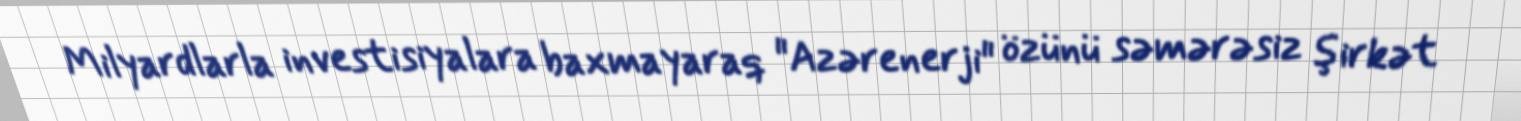
Milyardlarla investisiyalara baxmayaraq "Azərenerji" özünü səmərəsiz şirkət